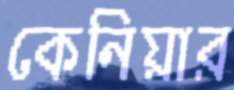
কেনিয়ার